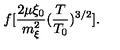
\: f [ \frac { 2 \mu \xi _ { 0 } } { m _ { \xi } ^ { 2 } } ( \frac { T } { T _ { 0 } } ) ^ { 3 / 2 } ] . \: